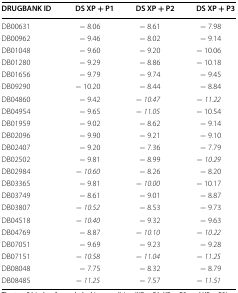
| DRUGBANK ID | DS XP + P1 | DS XP + P2 | DS XP + P3 |
 | --- | --- | --- | --- |
 | DB00631 | − 8.06 | − 8.61 | − 7.98 |
 | DB00962 | − 9.46 | − 8.02 | − 9.14 |
 | DB01048 | − 9.60 | − 9.20 | − 10.06 |
 | DB01280 | − 9.29 | − 8.86 | − 10.18 |
 | DB01656 | − 9.79 | − 9.74 | − 9.45 |
 | DB09290 | − 10.20 | − 8.44 | − 8.84 |
 | DB04860 | − 9.42 | − 10.47 | − 11.22 |
 | DB04954 | − 9.65 | − 11.05 | − 10.54 |
 | DB01959 | − 9.02 | − 8.62 | − 9.14 |
 | DB02096 | − 9.90 | − 9.21 | − 9.10 |
 | DB02407 | − 9.20 | − 7.36 | − 7.79 |
 | DB02502 | − 9.81 | − 8.99 | − 10.29 |
 | DB02984 | − 10.60 | − 8.26 | − 8.20 |
 | DB03365 | − 9.81 | − 10.00 | − 10.17 |
 | DB03749 | − 8.61 | − 9.01 | − 8.87 |
 | DB03807 | − 10.52 | − 8.53 | − 9.73 |
 | DB04518 | − 10.40 | − 9.32 | − 9.63 |
 | DB04769 | − 8.87 | − 10.10 | − 10.22 |
 | DB07051 | − 9.69 | − 9.23 | − 9.28 |
 | DB07151 | − 10.58 | − 11.04 | − 11.25 |
 | DB08048 | − 7.75 | − 8.32 | − 8.79 |
 | DB08485 | − 11.25 | − 7.57 | − 11.51 |